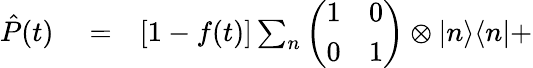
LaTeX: \begin{array}{rlr}{\hat{P}(t)}&{{}=}&{[1-f(t)]\sum_{n}\left(\begin{array}{cc}{1}&{0}\\ {0}&{1}\end{array}\right)\otimes|n\rangle\langle n|+}\end{array}